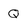
Character: Q